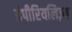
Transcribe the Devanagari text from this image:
इंपीरियलिज़्म